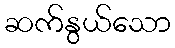
ဆက်နွယ်သော